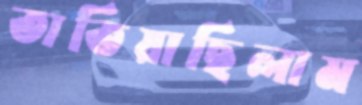
তাতিয়াছিলাম